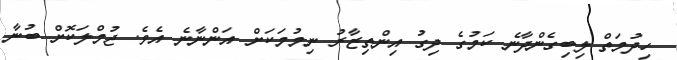
ހިދުމަތް ލިބިގެންދާނެ ކަމުގެ ދިގު އިންތިޒާރު ނިމުމަކަށް އަންނާނެ އެވެ. ޖުމްލަކޮށް ބުނާ